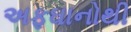
અફઘાનોથી